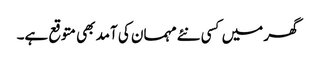
گھر میں کسی نئے مہمان کی آمد بھی متوقع ہے۔